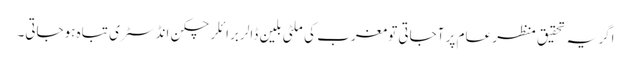
اگر یہ تحقیق منظر عام پر آجاتی تو مغرب کی ملٹی بلین ڈالر برائلر چکن انڈسٹری تباہ ہوجاتی۔